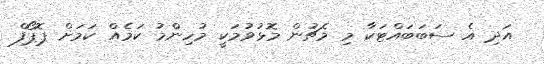
އަދި އެ ސަބަބައްޓަކާ މި މެޗުން މޮޅުވުމަކީ މުހިންމު ކަމެއް ކަމަށް ޕޮޕޯފް